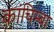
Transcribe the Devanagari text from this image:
कांचिम्बा